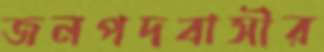
জনপদবাসীর